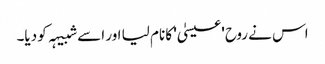
اس نے روح 'عیسیٰ' کا نام لیا اور اسے شبیہہ کو دیا۔